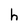
Character: h